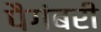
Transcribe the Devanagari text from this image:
पैगंबरी